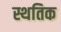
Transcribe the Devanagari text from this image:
स्थतिक